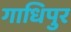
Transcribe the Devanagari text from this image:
गाधिपुर